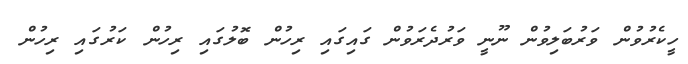
ހީކެރުވުން ވަރުބަލިވުން ނޫނީ ވަރުދެރަވުން ގައިގައި ރިހުން ބޮލުގައި ރިހުން ކަރުގައި ރިހުން